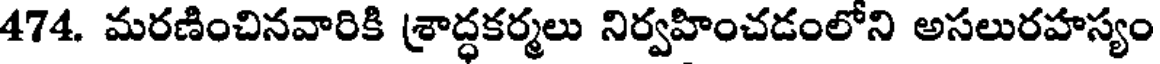
474. మరణించినవారికి శ్రాద్ధకర్మలు నిర్వహించడంలోని అసలురహస్యం